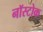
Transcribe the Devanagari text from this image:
नॉस्टोक